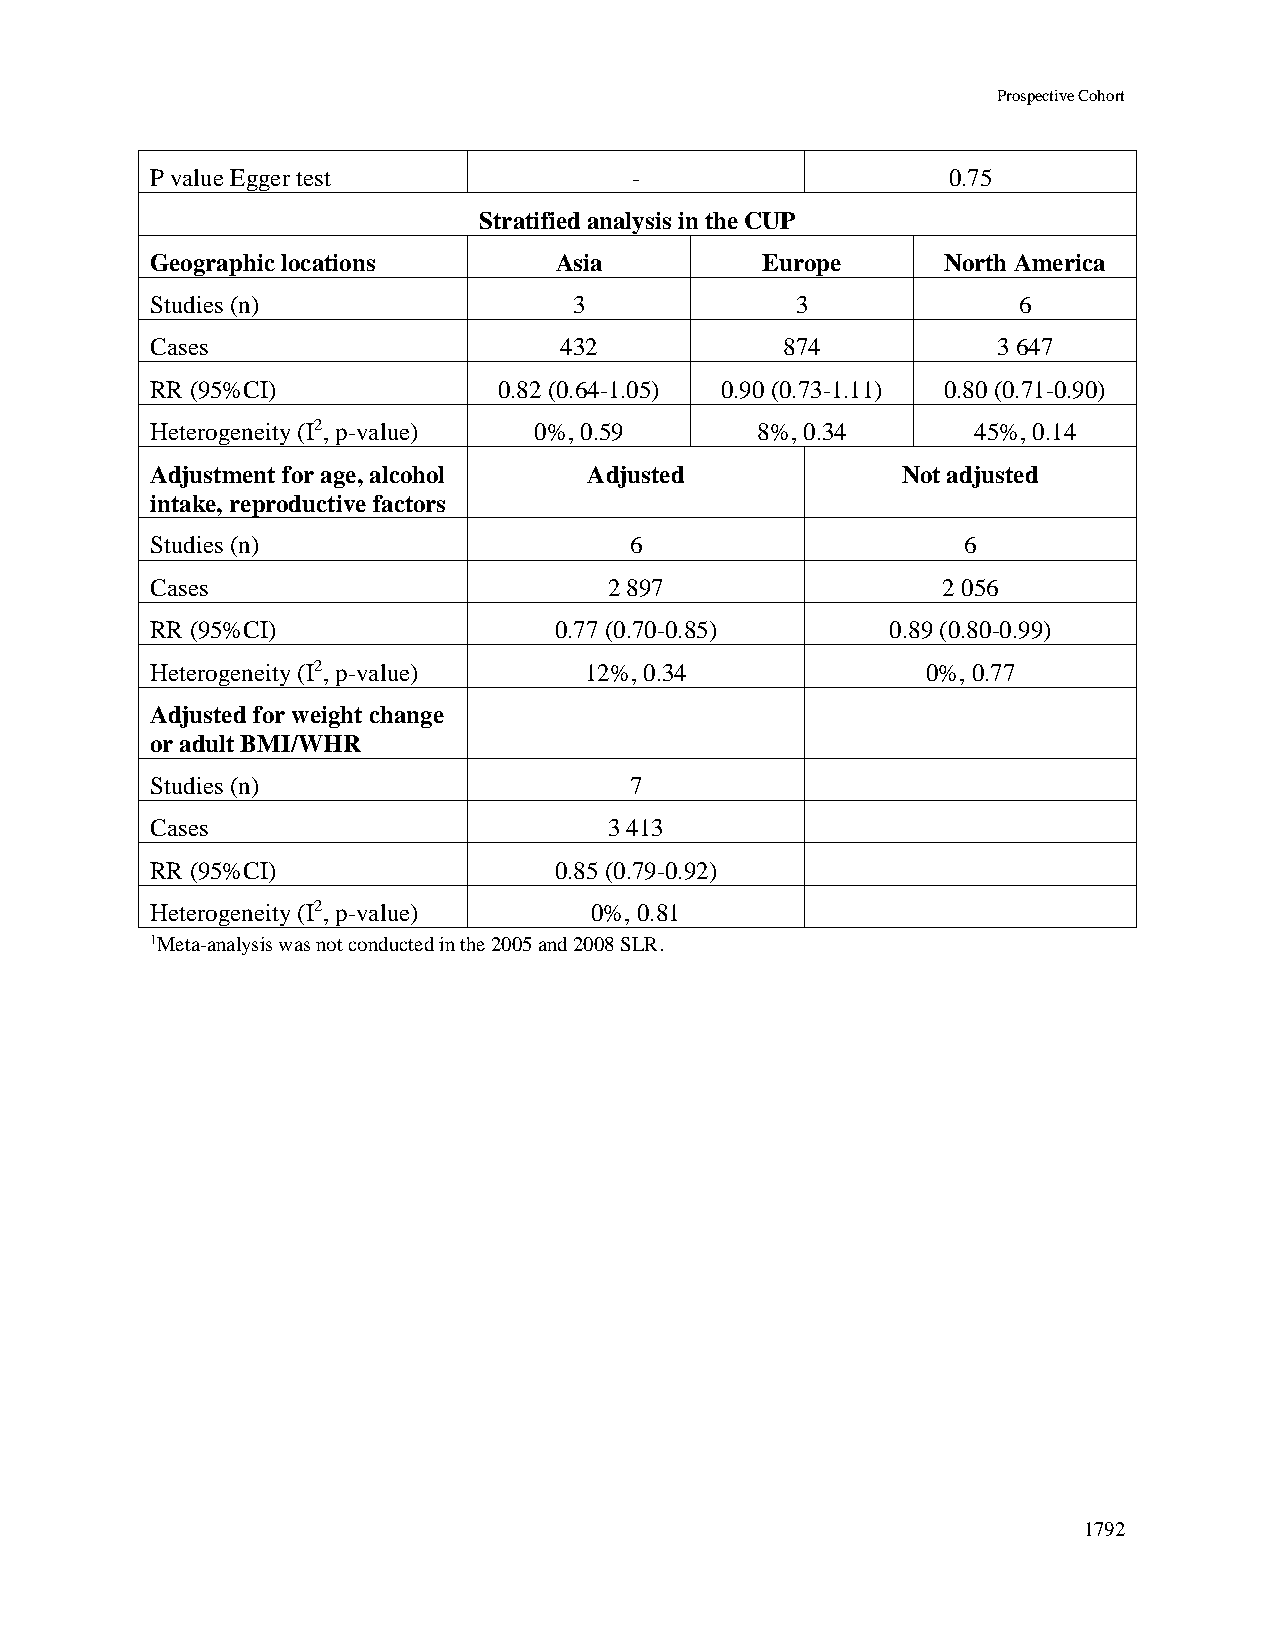
Prospective Cohort
 P value Egger test              -                    0.75
 Stratified analysis in the CUP
 Geographic locations       Asia         Europe       North America
 Studies (n)                 3              3             6
 Cases                      432            874           3 647
 RR (95%CI)             0.82 (0.64-1.05) 0.90 (0.73-1.11) 0.80 (0.71-0.90)
 Heterogeneity (I2, p-value) 0%, 0.59    8%, 0.34      45%, 0.14
 Adjustment for age, alcohol  Adjusted             Not adjusted
 intake, reproductive factors
 Studies (n)                     6                     6
 Cases                         2 897                 2 056
 RR (95%CI)                 0.77 (0.70-0.85)      0.89 (0.80-0.99)
 Heterogeneity (I2, p-value)  12%, 0.34             0%, 0.77
 Adjusted for weight change
 or adult BMI/WHR
 Studies (n)                     7
 Cases                         3 413
 RR (95%CI)                 0.85 (0.79-0.92)
 Heterogeneity (I2, p-value)  0%, 0.81
 1Meta-analysis was not conducted in the 2005 and 2008 SLR.
 1792